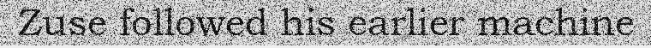
Zuse followed his earlier machine